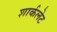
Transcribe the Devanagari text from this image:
शार्कलेट